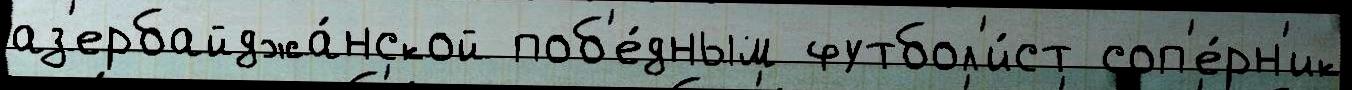
аз'ербайджа́нской поб'е́дным футбол'и́ст соп'е́рн'ик